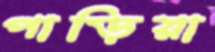
পাড়িয়া